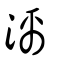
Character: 灕